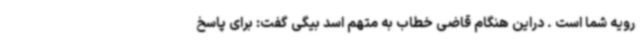
رویه شما است . دراین هنگام قاضی خطاب به متهم اسد بیگی گفت: برای پاسخ